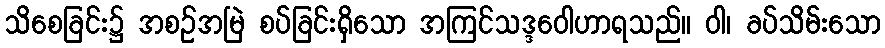
သိစေခြင်း၌ အစဉ်အမြဲ စပ်ခြင်းရှိသော အကြင်သဒ္ဒဝေါဟာရသည်။ ဝါ၊ ခပ်သိမ်းသော